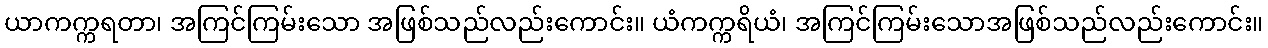
ယာကက္ကရတာ၊ အကြင်ကြမ်းသော အဖြစ်သည်လည်းကောင်း။ ယံကက္ကရိယံ၊ အကြင်ကြမ်းသောအဖြစ်သည်လည်းကောင်း။